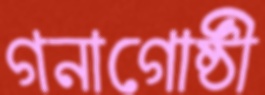
গনাগোষ্ঠী